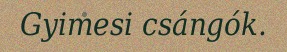
Gyimesi csángók.